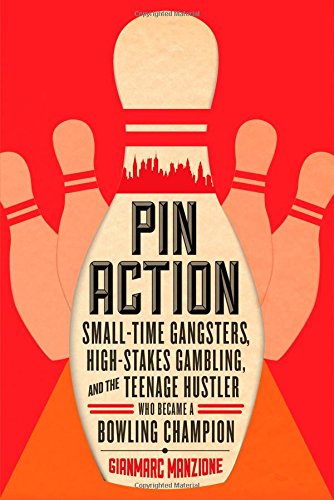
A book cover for Pin Action: Small-Time Gangsters, High-Stakes Gambling, and the Teenage Hustler Who Became a Bowling Champion; Gianmarc Manzione; Sports & Outdoors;